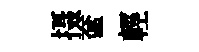
摄奩輕